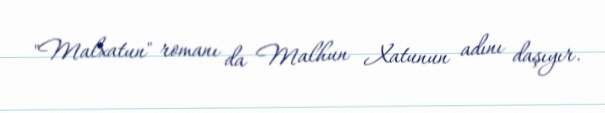
"Malxatun" romanı da Malhun Xatunun adını daşıyır.